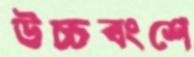
উচ্চবংশে